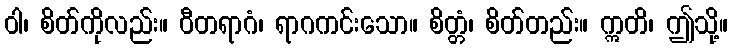
ဝါ၊ စိတ်ကိုလည်း။ ဝီတရာဂံ၊ ရာဂကင်းသော။ စိတ္တံ၊ စိတ်တည်း။ ဣတိ၊ ဤသို့။